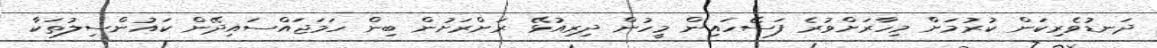
ދަނޑުވެރިކަން ކުރުމަށް މިހާރަށްވުރެ ފަސޭހައިން މީހުން ދިރިއުޅޭ ރަށްރަށުން ބިން ހަމަޖައްސައިދޭން ކައުންސިލުތަކާ